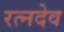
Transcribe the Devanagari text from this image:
रत्नदेव